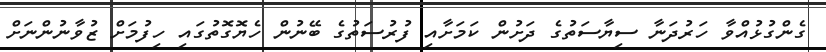
ގެންގުޅުއްވާ ހަރުދަނާ ސިޔާސަތުގެ ދަށުން ކަމަށާއި ފުރުސަތުގެ ބޭނުން ހެޔޮގޮތުގައި ހިފުމަށް ޒުވާނުންނަށް